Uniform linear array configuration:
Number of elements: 4
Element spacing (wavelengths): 0.75
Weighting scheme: blackman
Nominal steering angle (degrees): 30
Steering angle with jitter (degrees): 31.083
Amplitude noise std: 0.05
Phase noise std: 0.05

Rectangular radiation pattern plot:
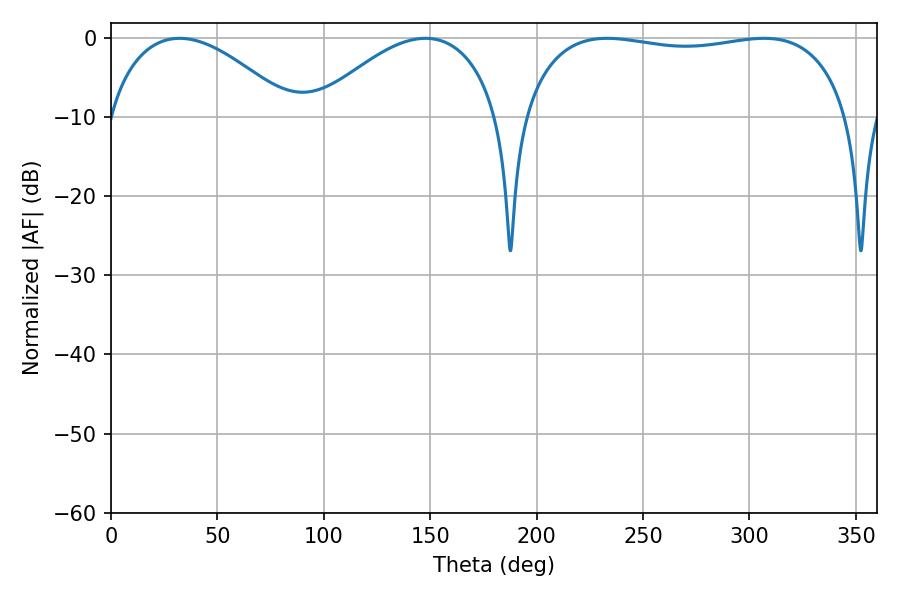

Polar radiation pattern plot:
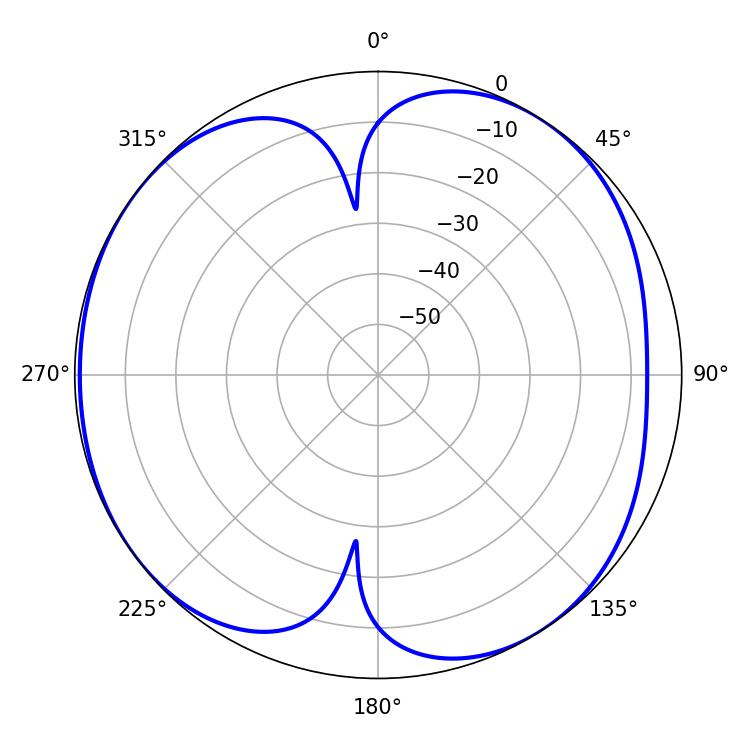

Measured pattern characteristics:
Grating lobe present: TRUE
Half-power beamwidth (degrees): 48.6
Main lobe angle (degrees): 32.22